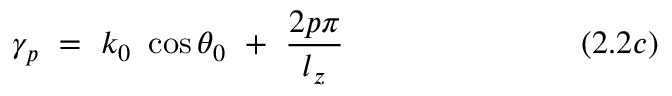
\gamma _ { p } ~ = ~ k _ { 0 } ~ \cos \theta _ { 0 } ~ + ~ { \frac { 2 p \pi } { l _ { z } } } ~ ~ ~ ~ ~ ~ ~ ~ ~ ~ ~ ~ ~ ~ ~ ~ ~ ~ ~ ~ ~ ~ ( 2 . 2 c )